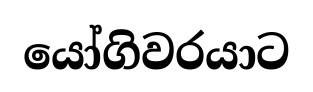
යෝගිවරයාට